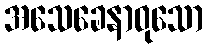
အသေခေနာဝုသော